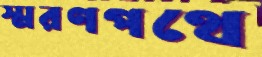
স্মরণপথে